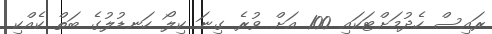
ރައިސް ހެދުމަށްޓަކައި 100 އަށް ވުރެ ގިނަ ކިލޯ ހަނޑުލުގެ ބަތް ކެއްކި